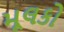
મૂલકો